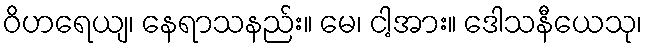
ဝိဟရေယျ၊ နေရာသနည်း။ မေ၊ ငါ့အား။ ဒေါသနီယေသု၊